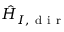
\hat { H } _ { I , \mathrm { ~ d ~ i ~ r ~ } }